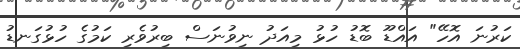
ކަރުނަ އޮހޭ" އައްޑޫ ބޮޑު ހުޅު މިއަދު ނިވުނަސް ބިރުވެރި ކަމުގެ ހުޅުގަނޑު